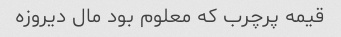
قیمه پرچرب که معلوم بود مال دیروزه